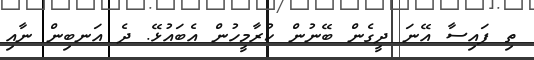
ތި ފައިސާ އޭނަ ދީގެން ބޭނުން ކުރާމީހުން އެބައުޅޭ. ދެ އަނބިން ނާއި